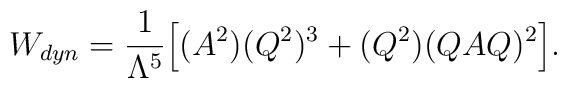
W_{dyn}= \frac{1}{\Lambda^5}\Big[ (A^2)(Q^2)^3+(Q^2)(QAQ)^2 \Big].